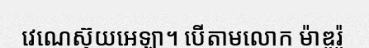
វេណេស៊ុយអេឡា។ បើតាមលោក ម៉ាឌូរ៉ូ